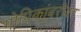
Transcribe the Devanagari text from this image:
गोपिकांबरोबर